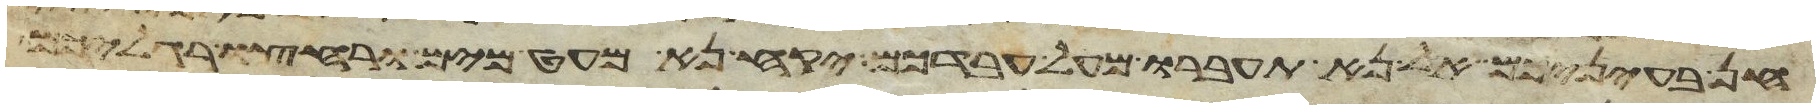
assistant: חן בעיניכם אל נא תעברו מעל עבדכם יקח נא מעט מים ורחצו רגליכם